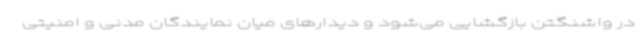
در واشنگتن بازگشایی می‌شود و دیدارهای میان نمایندگان مدنی و امنیتی